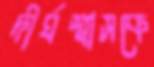
দীর্ঘশ্বাসকে